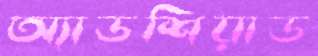
অ্যাডশিয়াড